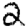
Digit: 2